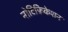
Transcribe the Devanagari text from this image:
नोटिफ़िकेशन